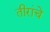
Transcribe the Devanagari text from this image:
तीरांचे